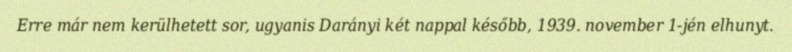
Erre már nem kerülhetett sor, ugyanis Darányi két nappal később, 1939. november 1-jén elhunyt.